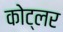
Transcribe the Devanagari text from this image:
कोट्लर